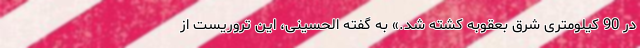
در 90 کیلومتری شرق بعقوبه کشته شد.» به گفته الحسینی، این تروریست از